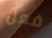
فعل